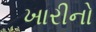
ખારીનો